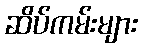
ဆိပ်ကမ်းများ